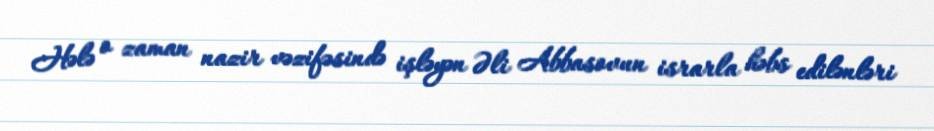
Hələ o zaman nazir vəzifəsində işləyən Əli Abbasovun israrla həbs edilənləri